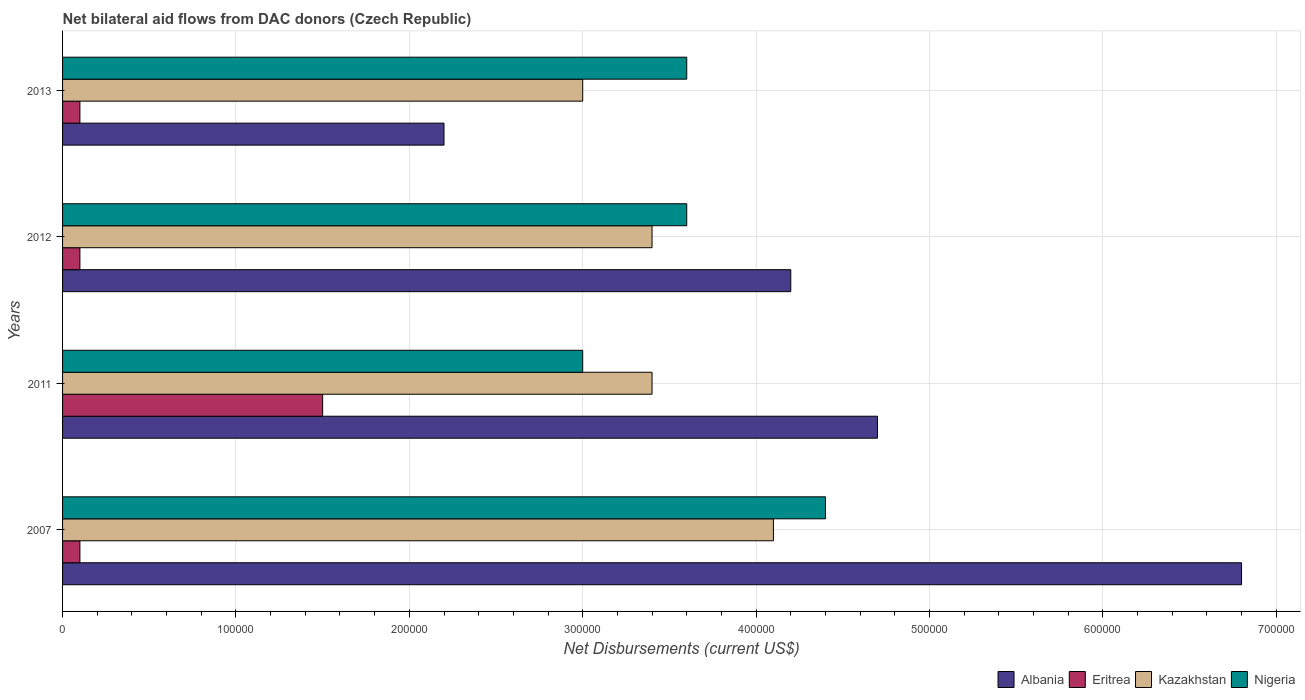
| Years | Albania | Eritrea | Kazakhstan | Nigeria |
 | --- | --- | --- | --- | --- |
 | 2007 | 6.8e+05 | 1e+04 | 4.1e+05 | 4.4e+05 |
 | 2011 | 4.7e+05 | 1.5e+05 | 3.4e+05 | 3e+05 |
 | 2012 | 4.2e+05 | 1e+04 | 3.4e+05 | 3.6e+05 |
 | 2013 | 2.2e+05 | 1e+04 | 3e+05 | 3.6e+05 |